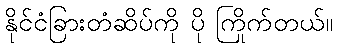
နိုင်ငံခြားတံဆိပ်ကို ပို ကြိုက်တယ်။